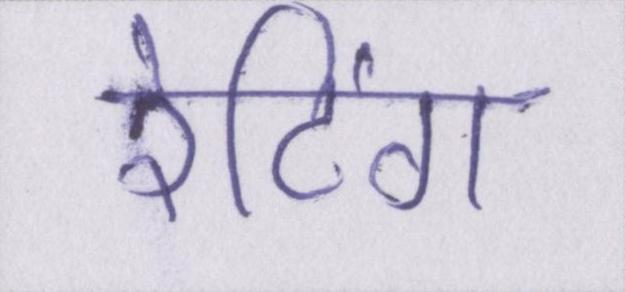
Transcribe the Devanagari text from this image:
रेटिंग